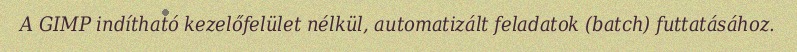
A GIMP indítható kezelőfelület nélkül, automatizált feladatok (batch) futtatásához.